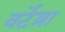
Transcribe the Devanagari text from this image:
वर्टेब्रा